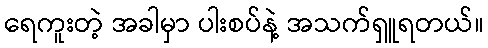
ရေကူးတဲ့ အခါမှာ ပါးစပ်နဲ့ အသက်ရှူရတယ်။